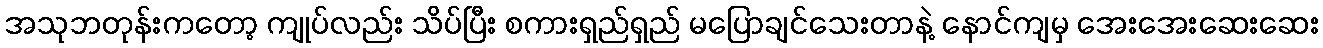
အသုဘတုန်းကတော့ ကျုပ်လည်း သိပ်ပြီး စကားရှည်ရှည် မပြောချင်သေးတာနဲ့ နောင်ကျမှ အေးအေးဆေးဆေး